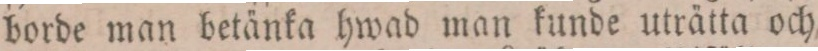
borde man betänka hwad man kunde uträtta och,